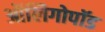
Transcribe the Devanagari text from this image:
ऑलिगोपॉड